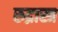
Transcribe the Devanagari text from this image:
रुद्रास्त्र